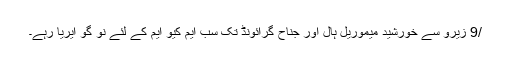
/9 زیرو سے خورشید میموریل ہال اور جناح گرائونڈ تک سب ایم کیو ایم کے لئے نو گو ایریا رہے۔